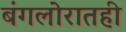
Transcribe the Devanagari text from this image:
बंगलोरातही